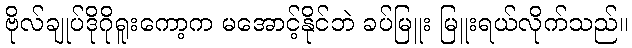
ဗိုလ်ချုပ်ဒိုဂိုရူးကော့က မအောင့်နိုင်ဘဲ ခပ်မြူး မြူးရယ်လိုက်သည်။